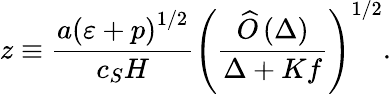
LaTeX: z\equiv\frac{a\left(\varepsilon+p\right)^{1/2}}{c_{S}H}\left(\frac{\widehat{O}\left(\Delta\right)}{\Delta+Kf}\right)^{1/2}.